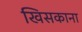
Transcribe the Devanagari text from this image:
खिसकाना